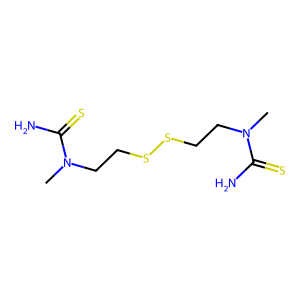
SMILES: CN(CCSSCCN(C)C(N)=S)C(N)=S
Inhibits HIV replication: No